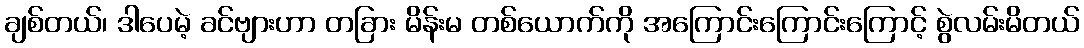
ချစ်တယ်၊ ဒါပေမဲ့ ခင်ဗျားဟာ တခြား မိန်းမ တစ်ယောက်ကို အကြောင်းကြောင်းကြောင့် စွဲလမ်းမိတယ်